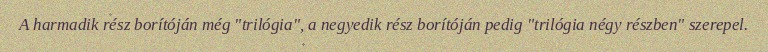
A harmadik rész borítóján még "trilógia", a negyedik rész borítóján pedig "trilógia négy részben" szerepel.